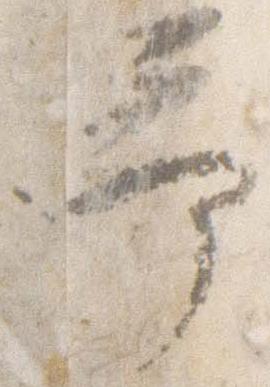
予